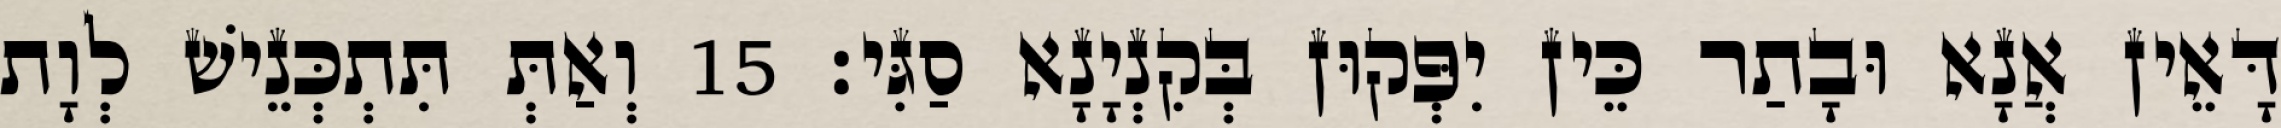
דָּאֵין אֲנָא וּבָתַר כֵּין יִפְּקוּן בְּקִנְיָנָא סַגִּי׃ 15 וְאַתְּ תִּתְכְּנֵישׁ לְוָת